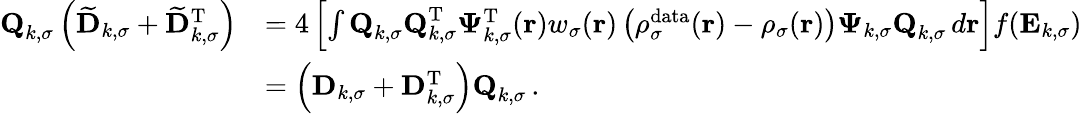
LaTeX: \begin{array}{rl}{\textbf{Q}_{k,\sigma}\left(\mathbf{\widetilde{D}}_{k,\sigma}+\mathbf{\widetilde{D}}_{k,\sigma}^{\mathrm{T}}\right)}&{=4\left[\int\textbf{Q}_{k,\sigma}\textbf{Q}_{k,\sigma}^{\mathrm{T}}\boldsymbol{\Psi}_{k,\sigma}^{\mathrm{T}}(\boldsymbol{\textbf{r}})w_{\sigma}(\boldsymbol{\textbf{r}})\left(\rho_{\sigma}^{\mathrm{data}}(\boldsymbol{\textbf{r}})-\rho_{\sigma}(\boldsymbol{\textbf{r}})\right)\boldsymbol{\Psi}_{k,\sigma}\textbf{Q}_{k,\sigma}\, d\boldsymbol{\textbf{r}}\right]f(\mathbf{E}_{k,\sigma})}\\ &{=\left(\mathbf{D}_{k,\sigma}+\mathbf{D}_{k,\sigma}^{\mathrm{T}}\right)\textbf{Q}_{k,\sigma}\, .}\end{array}